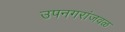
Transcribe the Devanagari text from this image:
उपनगरांजवळ